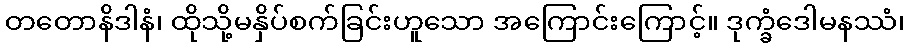
တတောနိဒါနံ၊ ထိုသို့မနှိပ်စက်ခြင်းဟူသော အကြောင်းကြောင့်။ ဒုက္ခံဒေါမနဿံ၊